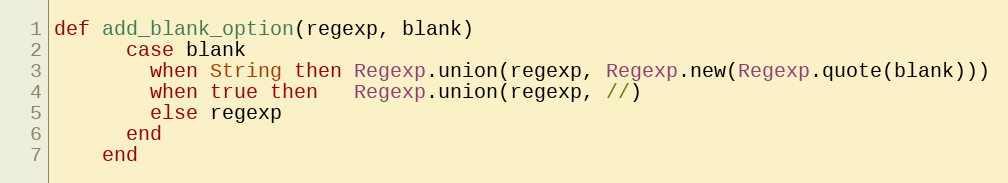
Language: Ruby
def add_blank_option(regexp, blank)
      case blank
        when String then Regexp.union(regexp, Regexp.new(Regexp.quote(blank)))
        when true then   Regexp.union(regexp, //)
        else regexp
      end
    end